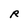
Character: R